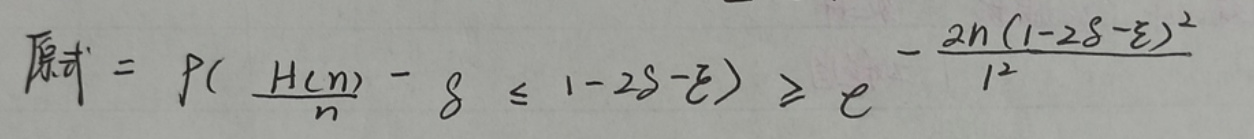
原式$ = P(\frac{H(n)}{n} - \delta \leq 1 - 2\delta - \varepsilon) \geq e^{-\frac{2n(1 - 2\delta - \varepsilon)^2}{l^2}}$